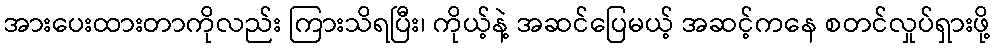
အားပေးထားတာကိုလည်း ကြားသိရပြီး၊ ကိုယ့်နဲ့ အဆင်ပြေမယ့် အဆင့်ကနေ စတင်လှုပ်ရှားဖို့